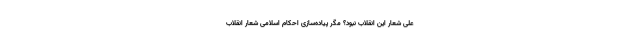
علی شعار این انقلاب نبود؟ مگر پیاده‌سازی احکام اسلامی شعار انقلاب